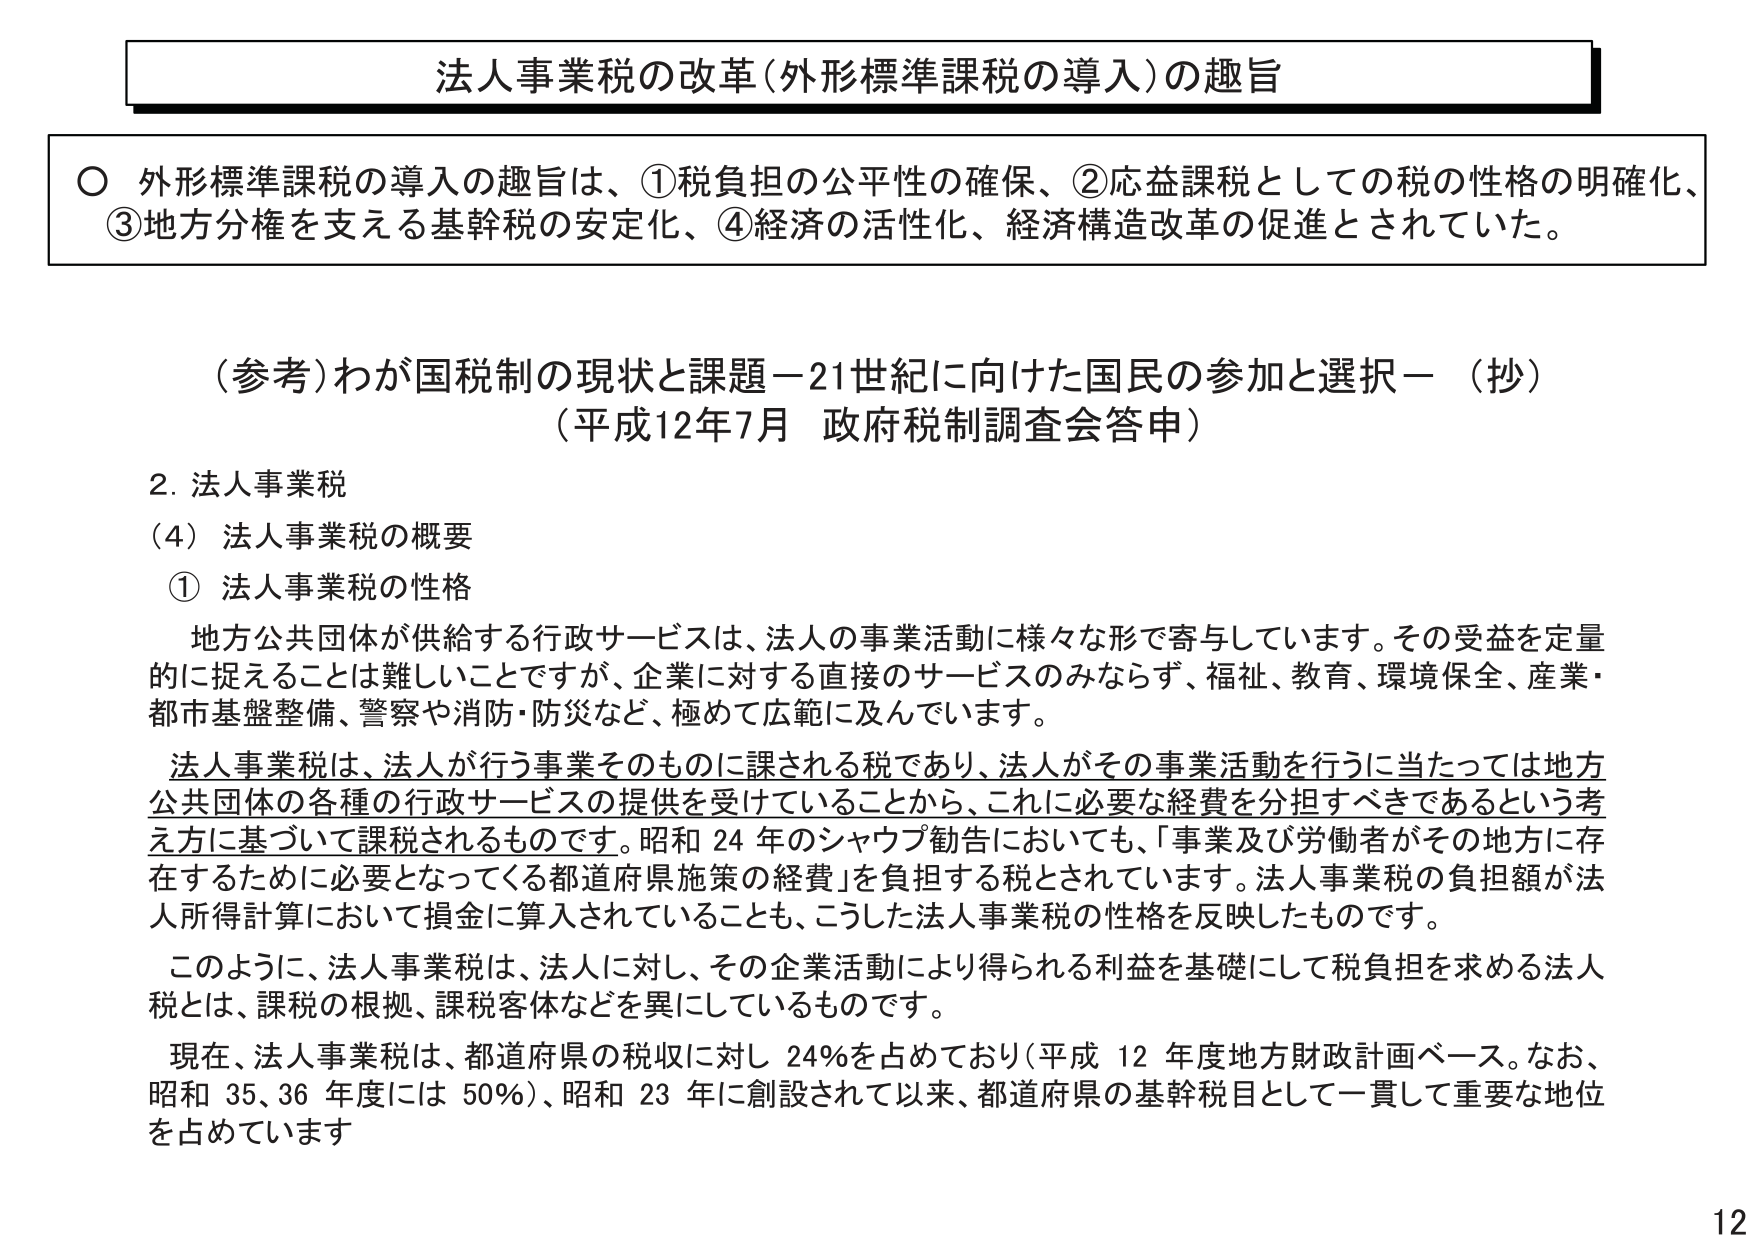
法人事業税の改革（外形標準課税の導入）の趣旨

○ 外形標準課税の導入の趣旨は、①税負担の公平性の確保、②応益課税としての税の性格の明確化、③地方分権を支える基幹税の安定化、④経済の活性化、経済構造改革の促進とされていた。

（参考）わが国税制の現状と課題－21世紀に向けた国民の参加と選択－（抄）
（平成12年7月 政府税制調査会答申）

2. 法人事業税
（4）法人事業税の概要
① 法人事業税の性格

地方公共団体が供給する行政サービスは、法人の事業活動に様々な形で寄与しています。その受益を定量的に捉えることは難しいことですが、企業に対する直接のサービスのみならず、福祉、教育、環境保全、産業・都市基盤整備、警察や消防・防災など、極めて広範に及んでいます。

法人事業税は、法人が行う事業そのものに課される税であり、法人がその事業活動を行うに当たっては地方公共団体の各種の行政サービスの提供を受けていることから、これに必要な経費を分担すべきであるという考え方に基づいて課税されるものです。昭和24年のシャウプ勧告においても、「事業及び労働者がその地方に存在するために必要となってくる都道府県施策の経費」を負担する税とされています。法人事業税の負担額が法人所得計算において損金に算入されていることも、こうした法人事業税の性格を反映したものです。

このように、法人事業税は、法人に対し、その企業活動により得られる利益を基礎にして税負担を求める法人税とは、課税の根拠、課税客体などを異にしているものです。

現在、法人事業税は、都道府県の税収に対し24％を占めており（平成12年度地方財政計画ベース。なお、昭和35、36年度には50％）、昭和23年に創設されて以来、都道府県の基幹税目として一貫して重要な地位を占めています

12